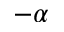
- \alpha